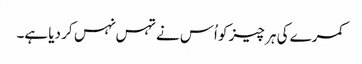
کمرے کی ہر چیز کو اُس نے تہس نہس کر دیا ہے۔